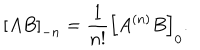
\left[ A B \right] _ { - n } = \frac { 1 } { n ! } \left[ A ^ { ( n ) } B \right] _ { 0 } .